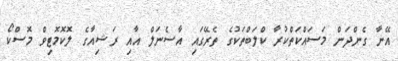
އޭނާ ގެންދަން މަސައްކަތްކުރާ ކްލަބްތަކުގެ ތެރޭގައި އާސެނަލް އާއި ރަޝިއާގެ ލޮކޮމޮޓިވް މޮސްކޯ